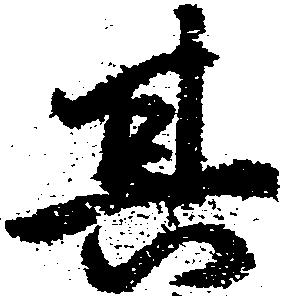
其